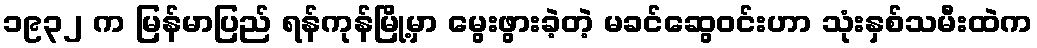
၁၉၃၂ က မြန်မာပြည် ရန်ကုန်မြို့မှာ မွေးဖွားခဲ့တဲ့ မခင်ဆွေဝင်းဟာ သုံးနှစ်သမီးထဲက